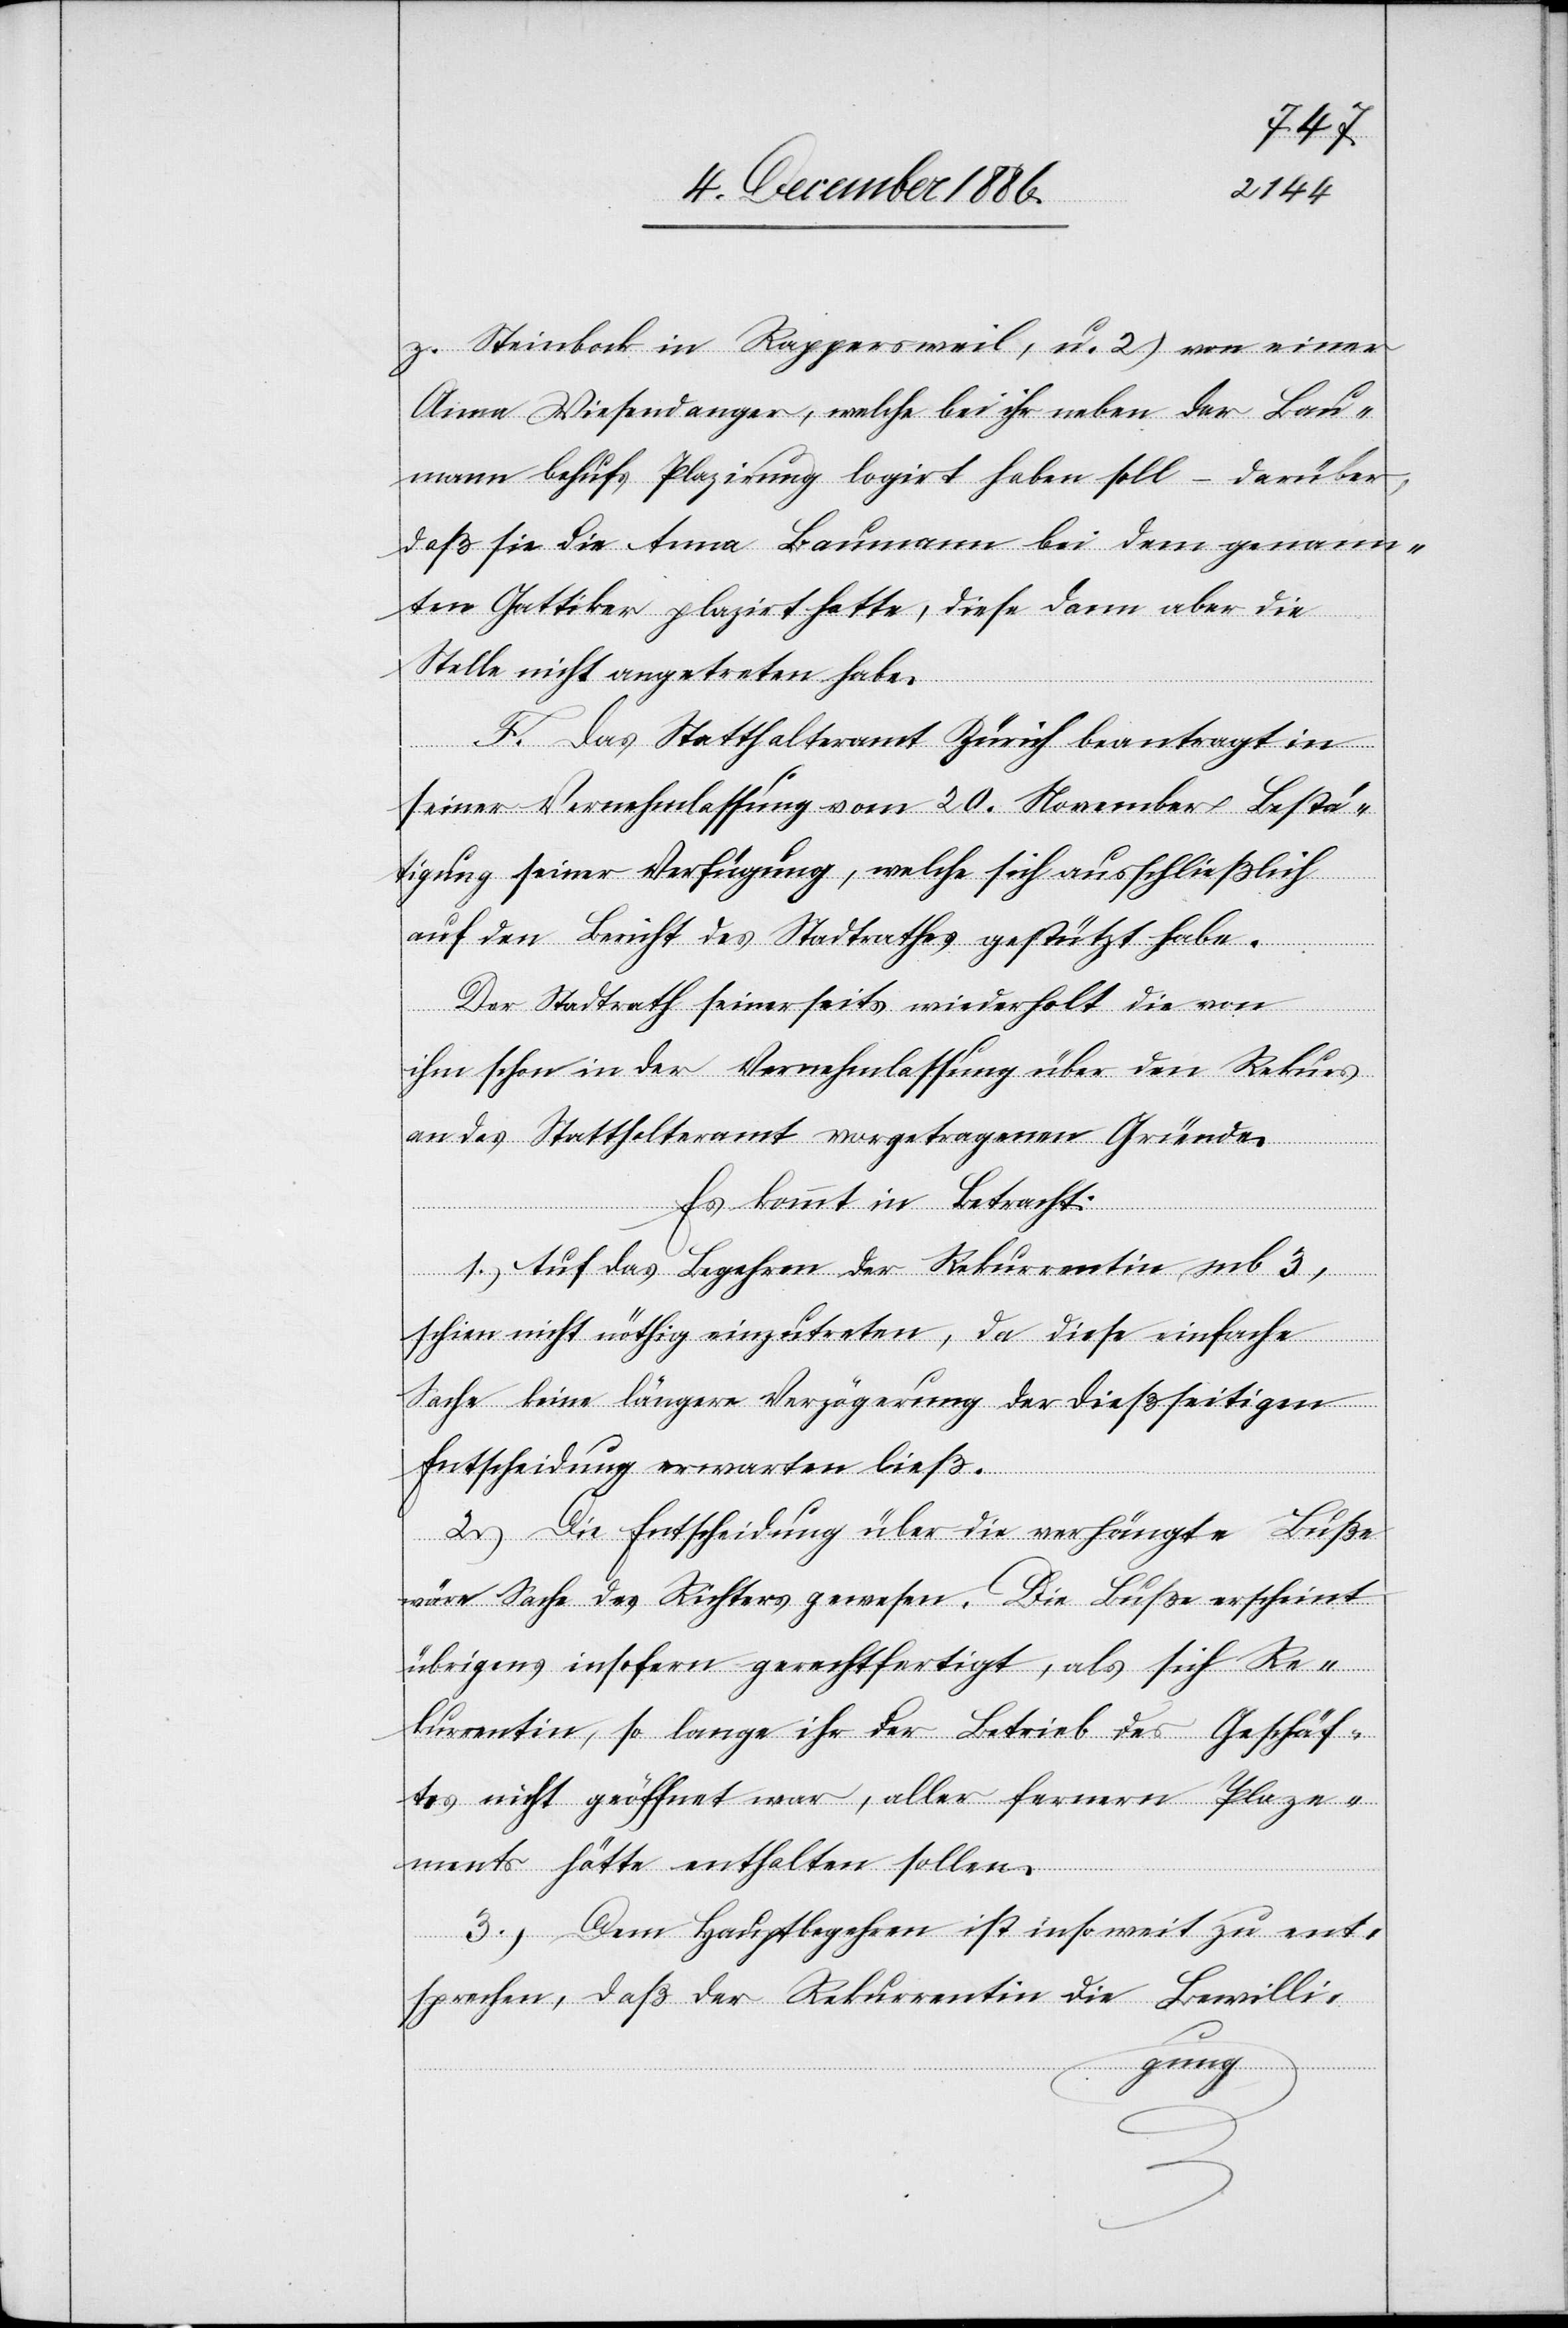
z. Steinbock in Rappersweil, u. 2.) von einer
Anna Wiesendanger, welche bei ihr neben der Bau¬
mann behufs Plazirung logirt haben soll – darüber,
daß sie die Anna Baumann bei dem genann¬
ten Gattiker plazirt hatte, diese dann aber die
Stelle nicht angetreten habe.
F. Das Statthalteramt Zürich beantragt in
seiner Vernehmlassung vom 20. November Bestä¬
tigung seiner Verfügung, welche sich ausschließlich
auf den Bericht des Stadtrathes gestützt habe.
Der Stadtrath seinerseits wiederholt die von
ihm schon in der Vernehmlassung über den Rekurs
an das Statthalteramt vorgetragenen Gründe.
Es kommt in Betracht:
1.) Auf das Begehren der Rekurrentin sub 3,
schien nicht nöthig einzutreten, da diese einfache
Sache keine längere Verzögerung der dießseitigen
Entscheidung erwarten ließ.
2.) Die Entscheidung über die verhängte Buße
wäre Sache des Richters gewesen. Die Buße erscheint
übrigens insofern gerechtfertigt, als sich Re¬
kurrentin, so lange ihr der Betrieb des Geschäf¬
tes nicht geöffnet war, aller fernern Plaze¬
ments hätte enthalten sollen.
3.) Dem Hauptbegehren ist insoweit zu ent¬
sprechen, daß der Rekurrentin die Bewilli-